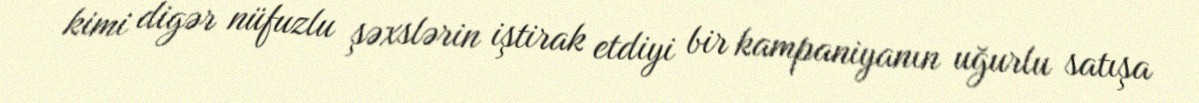
kimi digər nüfuzlu şəxslərin iştirak etdiyi bir kampaniyanın uğurlu satışa